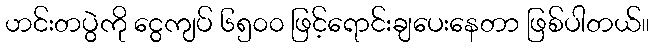
ဟင်းတပွဲကို ငွေကျပ် ၆၅၀၀ ဖြင့်ရောင်းချပေးနေတာ ဖြစ်ပါတယ်။